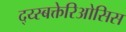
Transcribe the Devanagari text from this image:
द्य्स्बक्तेरिओसिस